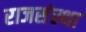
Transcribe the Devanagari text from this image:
राजसंस्था